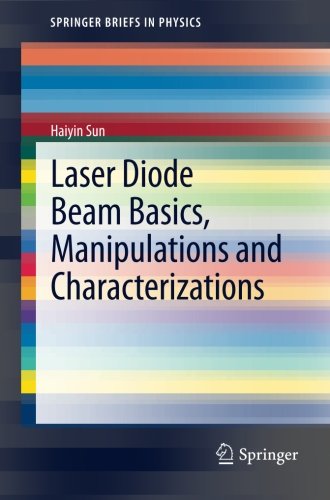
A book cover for Laser Diode Beam Basics, Manipulations and  Characterizations (SpringerBriefs in Physics); Haiyin Sun; Science & Math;